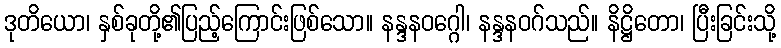
ဒုတိယော၊ နှစ်ခုတို့၏ပြည့်ကြောင်းဖြစ်သော။ နန္ဒနဝဂ္ဂေါ၊ နန္ဒနဝဂ်သည်။ နိဋ္ဌိတော၊ ပြီးခြင်းသို့